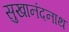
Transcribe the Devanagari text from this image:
सुखानंदनाथ